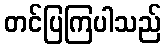
တင်ပြကြပါသည်